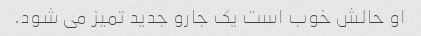
او حالش خوب است یک جارو جدید تمیز می شود.